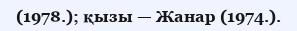
(1978.); қызы — Жанар (1974.).